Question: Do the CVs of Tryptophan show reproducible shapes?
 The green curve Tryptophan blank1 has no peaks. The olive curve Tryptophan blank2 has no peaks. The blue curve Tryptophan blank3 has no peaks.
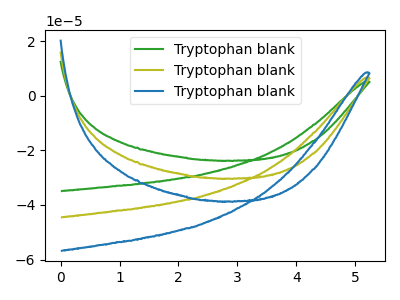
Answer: <think>Neither "Tryptophan blank1" or "Tryptophan blank2" have any peaks. Neither "Tryptophan blank1" or "Tryptophan blank3" have any peaks. Neither "Tryptophan blank2" or "Tryptophan blank3" have any peaks.
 </think>
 <answer>All the CV's of "Tryptophan" have similar shape.</answer>
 <eval>follow_rule</eval>